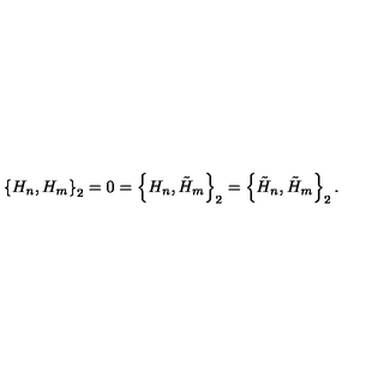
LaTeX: \left\{ H _ { n } , H _ { m } \right\} _ { 2 } = 0 = \left\{ H _ { n } , \tilde { H } _ { m } \right\} _ { 2 } = \left\{ \tilde { H } _ { n } , \tilde { H } _ { m } \right\} _ { 2 } .